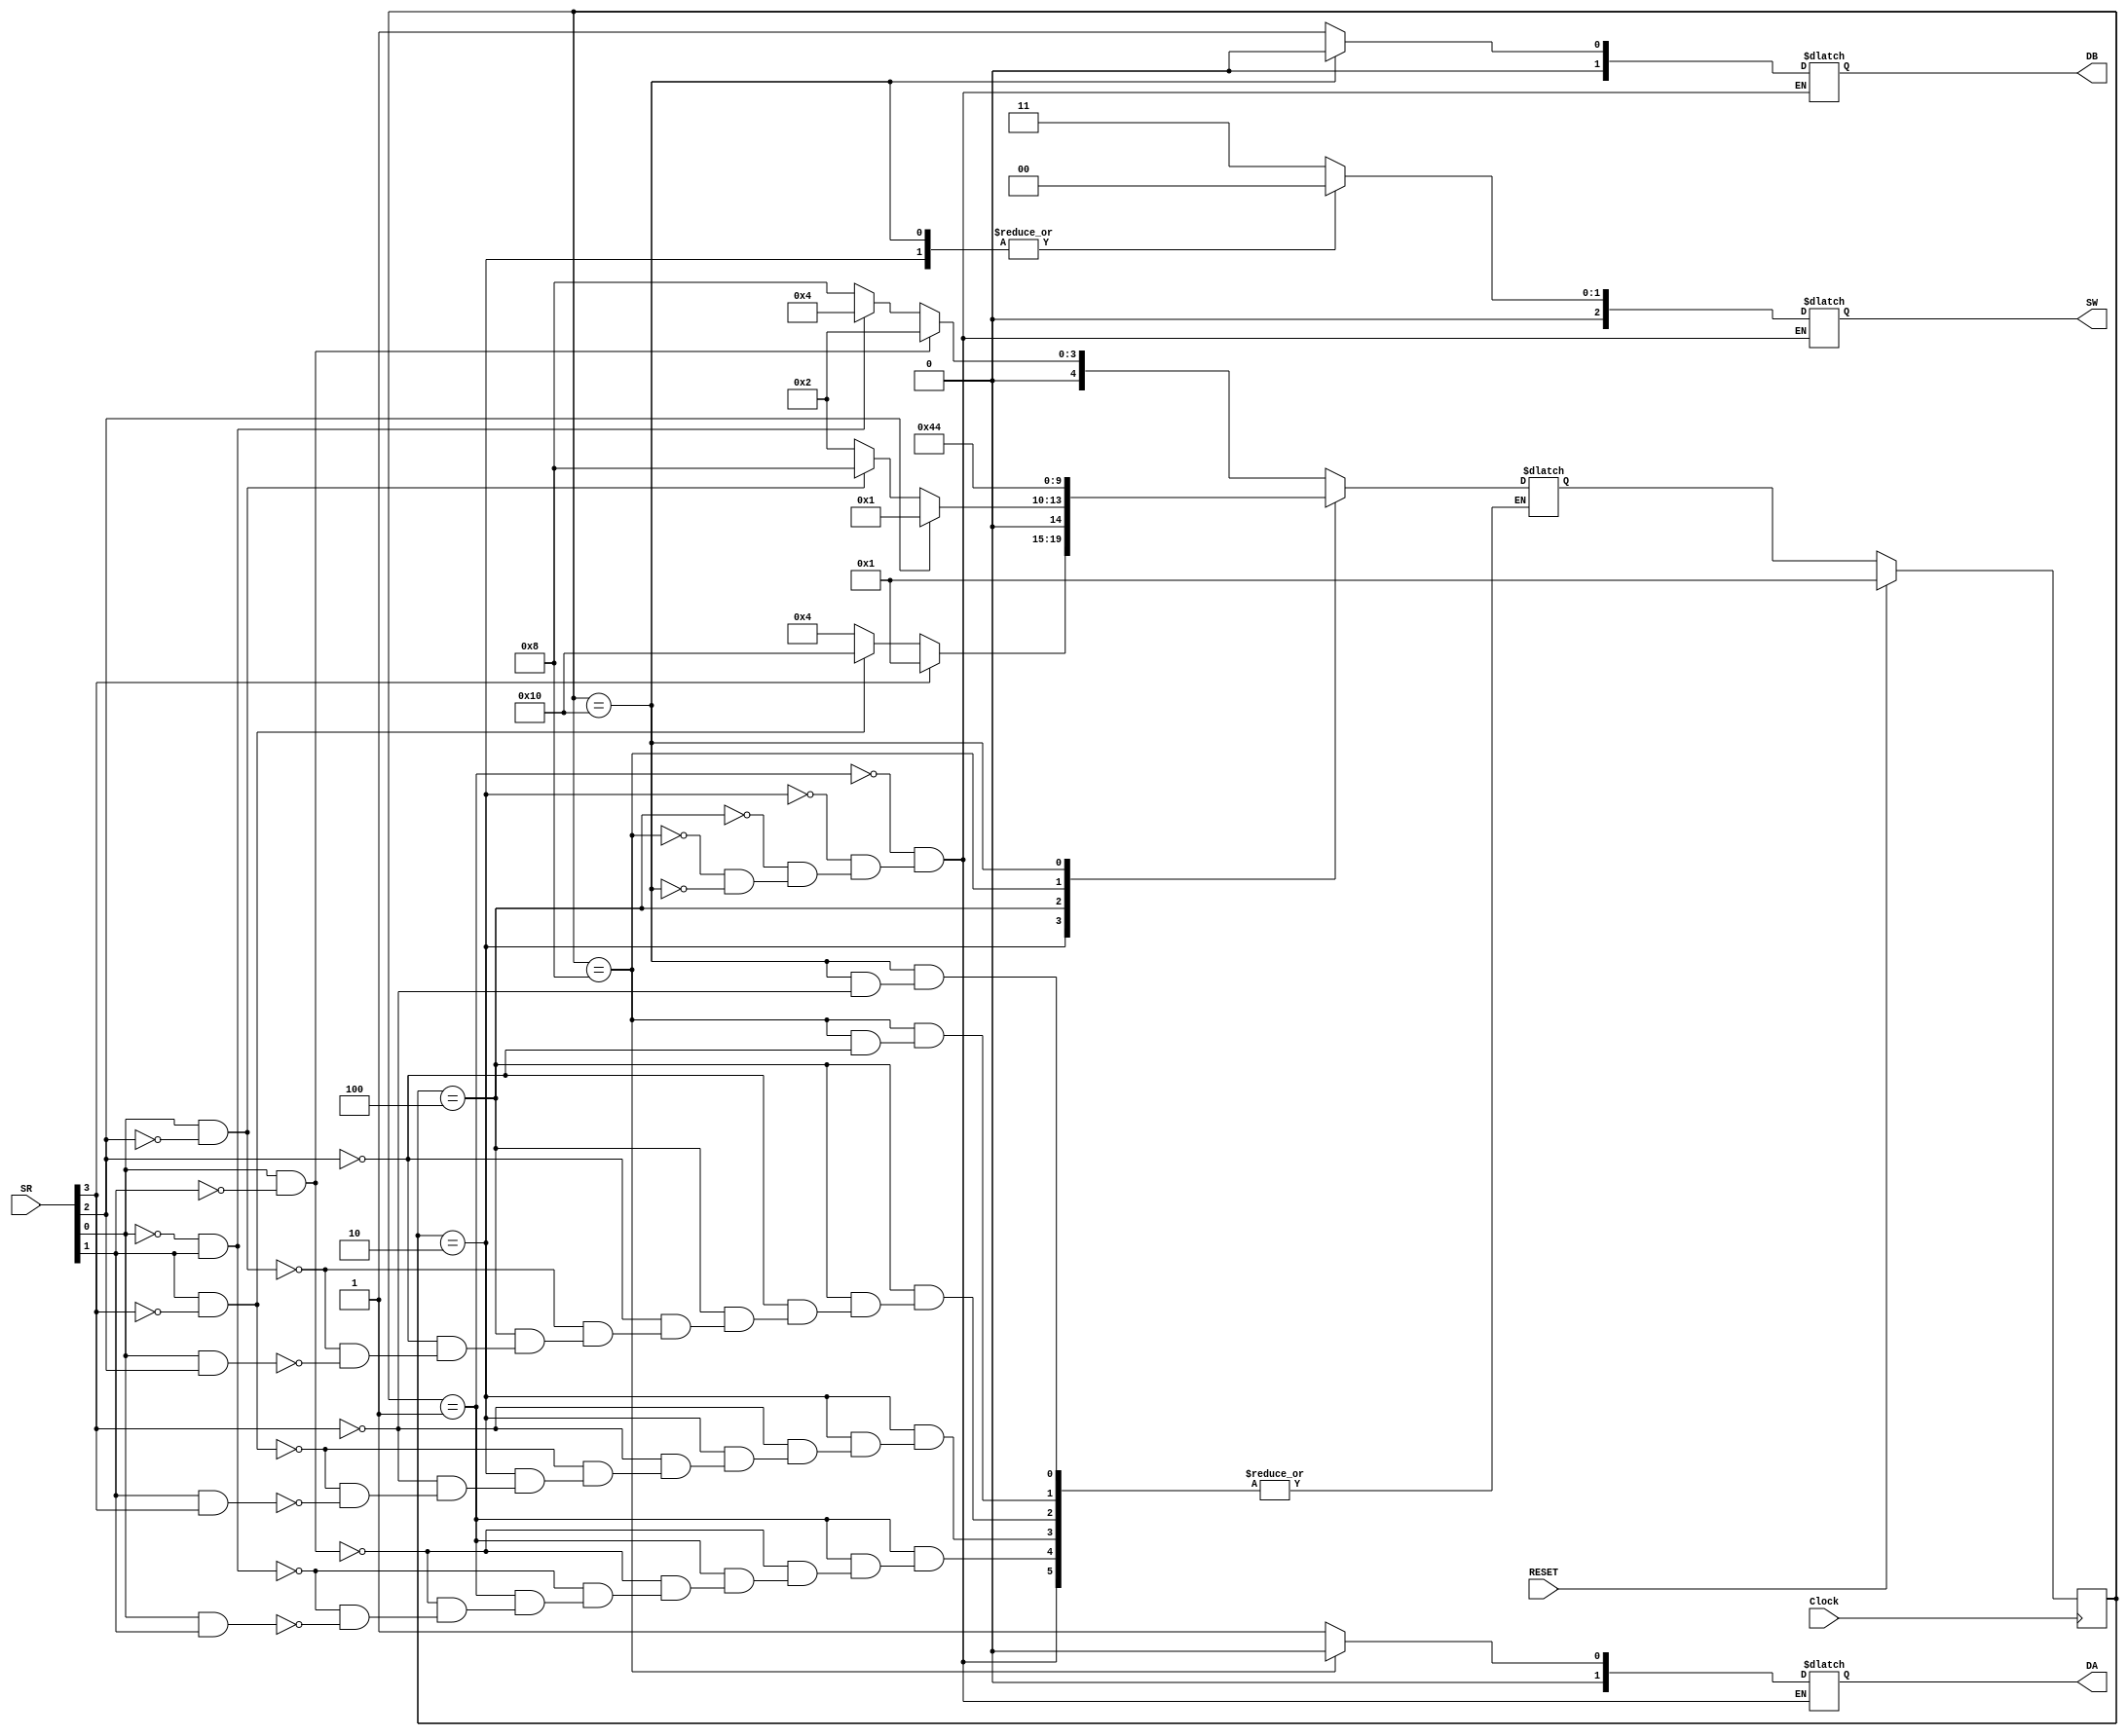
module TrainState(SW,DA,DB,RESET,SR,Clock);

input RESET, Clock;
input [4:1] SR;

output [3:1] SW;
output [1:0] DA, DB;

reg [3:1] SW;
reg [1:0] DA, DB;

parameter
	Init	= 5'b00001,
	Ago   = 5'b00010,
	Bgo   = 5'b00100,
	Astop = 5'b01000,
	Bstop = 5'b10000;

reg [4:0] State, NextState;

always @(posedge Clock)
begin
	if (RESET) 
		State <= Init;
	else
		State <= NextState;
end

always @(State)
begin
case (State)
	Init: begin // o_0
		SW = 3'b011;
		DA = 2'b01;
		DB = 2'b01;
		end
	Ago: begin
		SW = 3'b000;
		DA = 2'b01;
		DB = 2'b01;
		end
 // Init and Bgo have the same output
	Bgo: begin // 0_o
		SW = 3'b011;
		DA = 2'b01;
		DB = 2'b01;
		end
	Astop: begin
		SW = 3'b011;
		DA = 2'b00;
		DB = 2'b01;
		end
	Bstop: begin
		SW = 3'b000;
		DA = 2'b01;
		DB = 2'b00;
		end
endcase
end

always @(State or SR)
begin
	case (State) 
		Init: begin 
			if (SR[1] && !SR[2])
				NextState = Ago;
			else if (!SR[1] && SR[2])	
				NextState = Bgo;
			else if (SR[1] && SR[2])
				NextState = Astop;
			end
		Ago: begin
			if (SR[4])
				NextState = Init;
			else if (SR[2] && !SR[4])
				NextState = Bstop;
			else if (SR[2] && SR[4])
				NextState = Bgo;
			end
		Bgo: begin
			if (SR[3])
				NextState = Init;
			else if (SR[1] && !SR[3])
				NextState = Astop;
			else if (SR[1] && SR[3])
				NextState = Ago;
			end
		Astop: begin
			if(SR[3])
				NextState = Ago;
			end
		Bstop: begin
			if(SR[4])
				NextState = Bgo;
			end
	endcase
end

endmodule